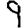
Digit: 9